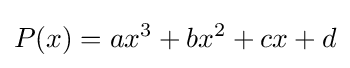
P(x)=ax^{3}+bx^{2}+cx+d